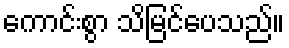
ကောင်းစွာ သိမြင်ပေသည်။